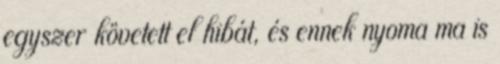
egyszer követett el hibát, és ennek nyoma ma is